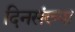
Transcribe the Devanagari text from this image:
दिनसंख्या